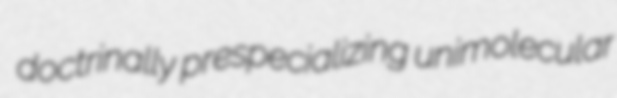
doctrinally prespecializing unimolecular